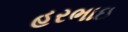
હરભાઇ